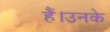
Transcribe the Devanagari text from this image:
हैं।उनके